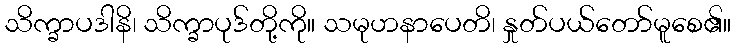
သိက္ခာပဒါနိ၊ သိက္ခာပုဒ်တို့ကို။ သမုဟနာပေတိ၊ နှုတ်ပယ်တော်မူစေ၏။